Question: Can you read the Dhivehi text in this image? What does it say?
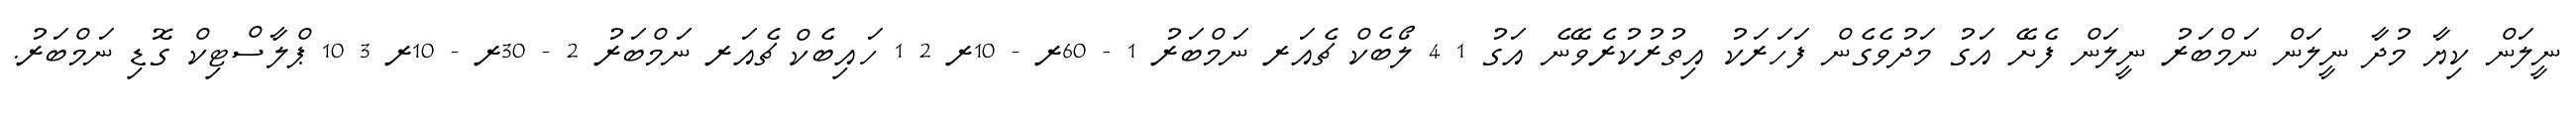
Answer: ނީލަން ކިޔާ މުދާ ނީލަން ނަމްބަރު ނީލަން ފެށޭ އަގު މަދުވެގެން ފަހަރަކު އިތުރުކުރެވޭނެ އަގު 1 4 ލޯބެކް ޗެއަރ ނަމްބަރު 1 - 60ރ - 10ރ 2 1 ހައިބެކް ޗެއަރ ނަމްބަރު 2 - 30ރ - 10ރ 3 10 ޕްލާސްޓިކް ގޮޑި ނަމްބަރު.